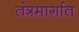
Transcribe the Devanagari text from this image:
तंत्रमार्गात